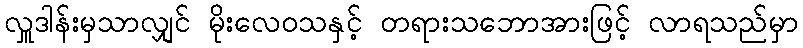
လှူဒါန်းမှသာလျှင် မိုးလေဝသနှင့် တရားသဘောအားဖြင့် လာရသည်မှာ